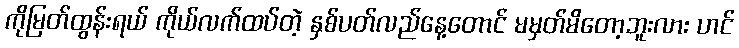
ကိုမြတ်ထွန်းရယ် ကိုယ်လက်ထပ်တဲ့ နှစ်ပတ်လည်နေ့တောင် မမှတ်မိတော့ဘူးလား ဟင်